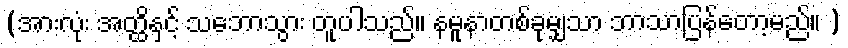
(အားလုံး အတ္ထိနှင့် သဘောသွား တူပါသည်။ နမူနာတစ်ခုမျှသာ ဘာသာပြန်တော့မည်။ )